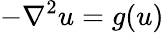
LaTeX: -\nabla^{2}u=g(u)